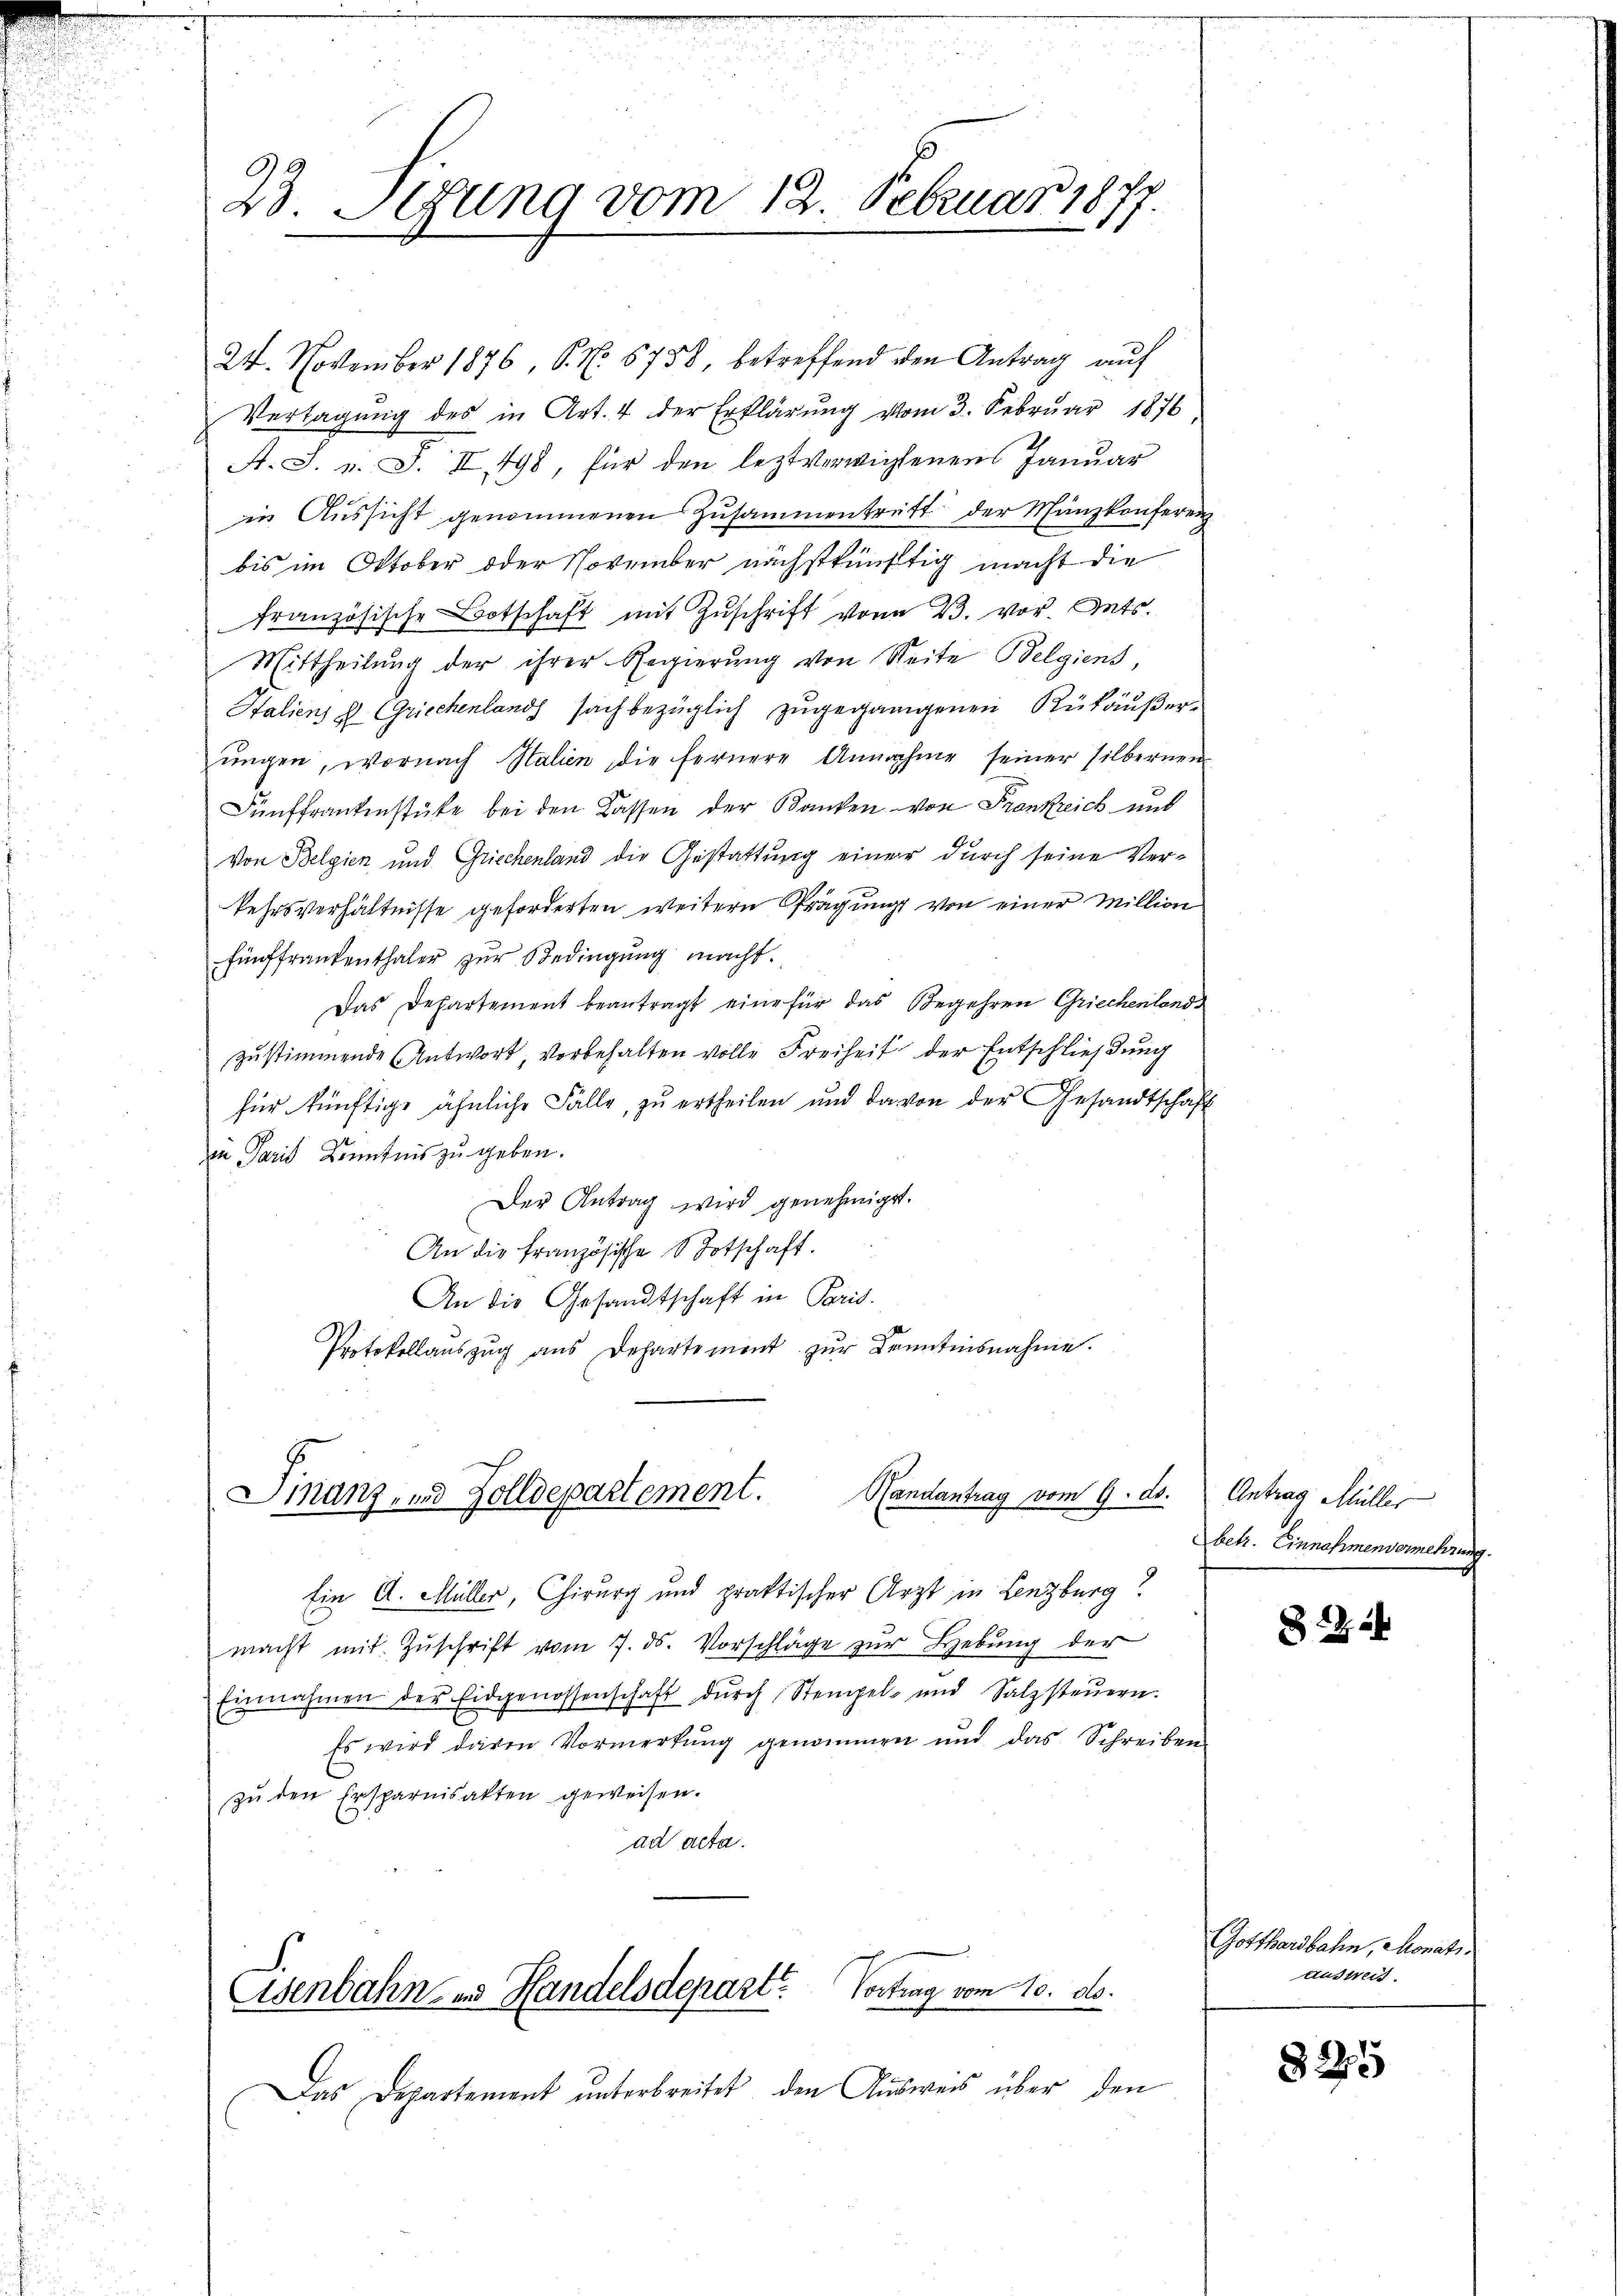
23. Segung vom 12. Februar 1877

24. November 1876, P. N. 5758, betreffend den Antrag auf
Vertagung des in Art. 4 der Erklärung vom 3. Februar 1876
A. S. v. J. II 498, für den leztverwichenen Januar
in Aŭssicht genommenen Zusammentritt der Münzkonferenz
bis im Oktober oder November nächstkünftig macht die
französische Botschaft mit Zŭschrift von 23. vor dets.
Mittheilung der ihrer Regierung von Seite Belgiens,
Italiens 2 Griechenland sachbezüglich zugegangenen Rükäußerŭngen, wornach Italien die fernere Annahme seiner silbernen
Fünffrankenstüke bei den Kassen der Banken von Frankreich mit
Von Belgien und Griechenland die Gestattung einer durch seine Verkehrsverhältnisse geforderten weitern Prägung von einer Million
Fünffrankenthaler zur Bedingung macht.
Das Departement beantragt eine für das Begehren Griechenlands
zustimmende Antwort, vorbehalten volle Freiheit der Entschließung
für künftige ähnliche Fälle, zu ertheilen und davon der Gesandtschaft
in Paris Kenntnis zu geben.
Der Antrag wird genehmigt.
An die Französische Totschaft.
An die Gesandtschaft in Paris.
Protokollauszug aus Departement zŭr Kenntnisnahme.

Ein A. Müller, Chirurg und praktischer Arzt in Lenzburg
macht mit Zŭschrift vom 7. ds. Vorschläge zur Hebung der
Einnahmen der Eidgenossenschaft durch Stempel- und Salzsteŭern.
Es wird davon Vormerkŭng genommen und das Schreiben
zŭ den Ersparnisakten geweisen.
ad acta.

Handantrag vom 9. ds.
Finanz- und Zolldepartement.

Eisenbahn- und Handelsdepart. Vortrag vom 10. d.

Das Departement unterbreitet, den Ausweis über den

Antrag Müller
Abetr. Einnahmenvermehrung.

Gotthardbahn, Monati
Ausweis

825